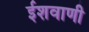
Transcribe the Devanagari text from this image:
ईशवाणी